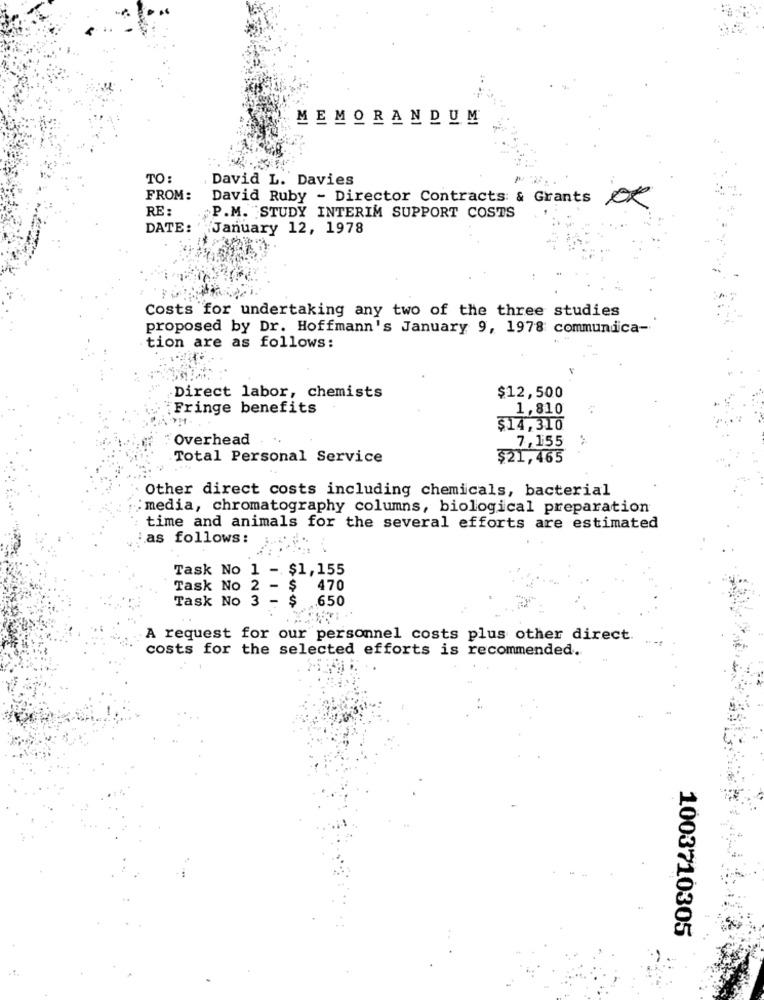
MEMORANDUM
TO:
David L. Davies
FROM:
David Ruby - Director Contracts: & Grants OK
RE:
P.M. STUDY INTERIM SUPPORT COSTS
DATE: 'January 12, 1978
Costs for undertaking any two of the three studies
proposed by Dr. Hoffmann's January 9, 1978 commundica-
tion are as follows:
Direct labor, chemists
$12,500
Fringe benefits
1,810
$14,310
Overhead
7,155
Total Personal Service
$21,465
Other direct costs including chemicals, bacterial
: media, chromatography columns, biological preparation
time and animals for the several efforts are estimated
Las follows:
Task No 1 - $1,155
Task No 2 - $
470
Task No 3 - $
.650
A request for our personnel costs plus other direct.
costs for the selected efforts is recommended.
1003710305